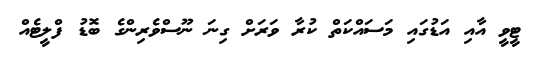
ޓީވީ އާއި އަޑުގައި މަސައްކަތް ކުރާ ވަރަށް ގިނަ ނޫސްވެރިންގެ ބޮޑު ފްލީޓެއް